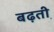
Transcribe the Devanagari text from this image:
बढ़ती़